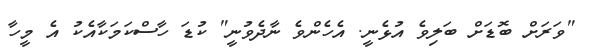
"ވަރަށް ބޮޑަށް ބަލިވެ އުޅެނީ. އެހެންވެ ނާދެވުނީ" ކުޑަ ހާސްކަމަކާއެކު އެ މީހާ